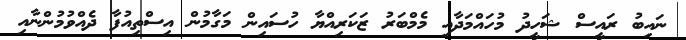
ނައިބު ރައީސް ޝަހީދު މުހައްމަދާއި މެމްބަރު ޒަކަރިއްޔާ ހުސައިން މަގާމުން އިސްތިއުފާ ދެއްވުމުންނާއި